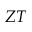
Z T